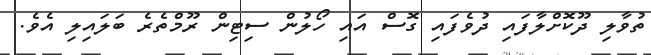
ތުވާލި ދޫކޮށްލާފައި ދުވެފައި ގޮސް އައި ހޯލުން ސިޓިން ރޫމްތެރެ ބަލައިލި އެވެ.